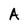
Character: A